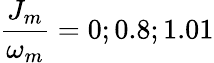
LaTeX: \frac{J_{m}}{\omega_{m}}=0;0.8;1.01